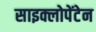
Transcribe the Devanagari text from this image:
साइक्लोपेंटेन